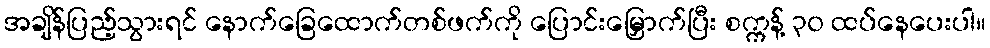
အချိန်ပြည့်သွားရင် နောက်ခြေထောက်တစ်ဖက်ကို ပြောင်းမြှောက်ပြီး စက္ကန့် ၃၀ ထပ်နေပေးပါ။